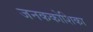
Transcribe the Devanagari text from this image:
जनककोशिका